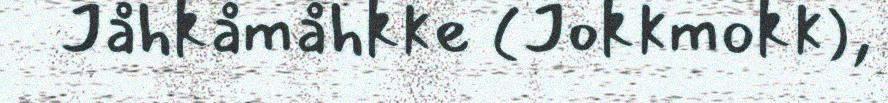
Jåhkåmåhkke (Jokkmokk),